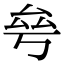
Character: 𠫫